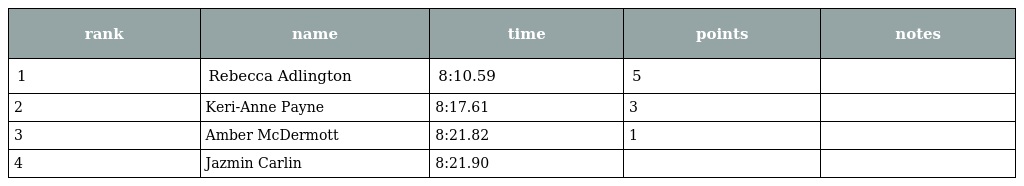
| rank | name | time | points | notes |
 | --- | --- | --- | --- | --- |
 | 1 | Rebecca Adlington | 8:10.59 | 5 |  |
 | 2 | Keri-Anne Payne | 8:17.61 | 3 |  |
 | 3 | Amber McDermott | 8:21.82 | 1 |  |
 | 4 | Jazmin Carlin | 8:21.90 |  |  |